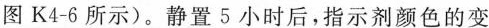
图K4-6所示)。静置5小时后，指示剂颜色的变